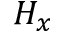
H _ { x }